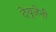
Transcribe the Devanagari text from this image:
देयूजेनी